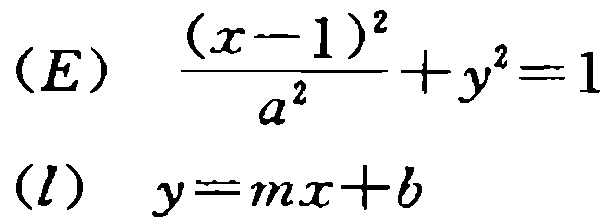
\[(E)\quad \frac{(x - 1)^2}{a^2}+y^2 = 1\]
\[(l)\quad y=mx + b\]